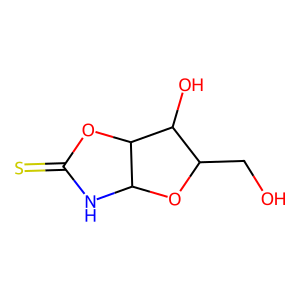
SMILES: OCC1OC2NC(=S)OC2C1O
Inhibits HIV replication: No